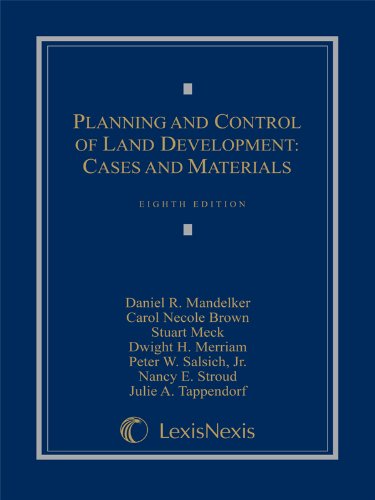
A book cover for Planning and Control of Land Development: Cases and Materials; Daniel R. Mandelker; Law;